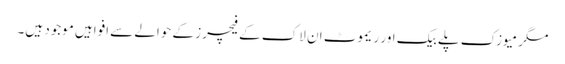
مگر میوزک پلے بیک اور ریموٹ ان لاک کے فیچرز کے حوالے سے افواہیں موجود ہیں۔